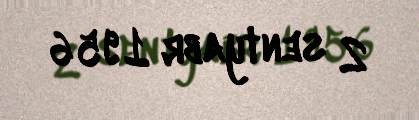
2 sentyabr 1956